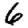
Digit: 6